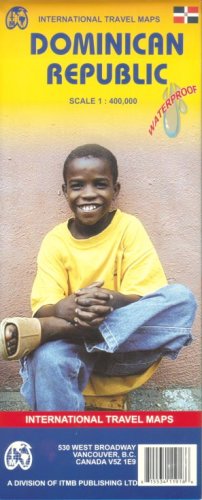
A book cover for Dominican Republic 1:400,000 & Haiti 1:350,000 Travel Map; ITM Canada; Travel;